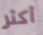
أكثر